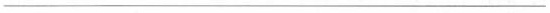
___